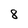
Character: 8